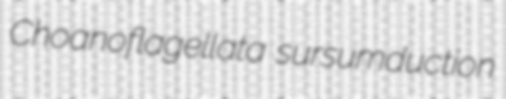
Choanoflagellata sursumduction